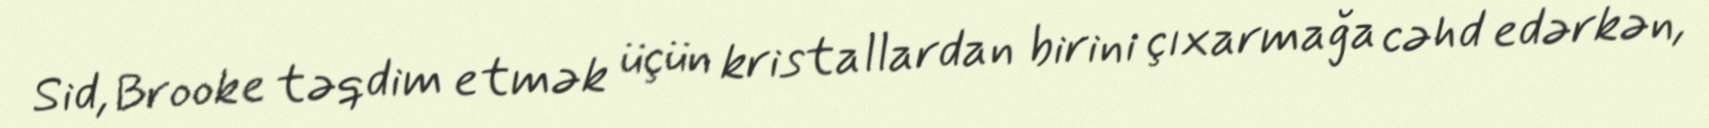
Sid, Brooke təqdim etmək üçün kristallardan birini çıxarmağa cəhd edərkən,